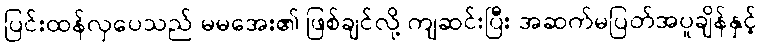
ပြင်းထန်လှပေသည် မမအေး၏ ဖြစ်ချင်လို့ ကျဆင်းပြီး အဆက်မပြတ်အပူချိန်နှင့်